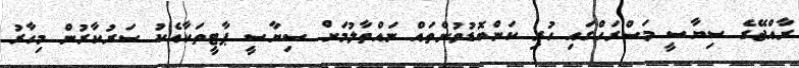
ރާއްޖޭގެ ސިޔާސީ މަސްރަހްގައި ހުރި ކަންބޮޑުވުންތައް ނައްތާލުމަށް ސިޔާސީ ޕާޓީތަކާއެކު ސަރުކާރުން މިހާރު